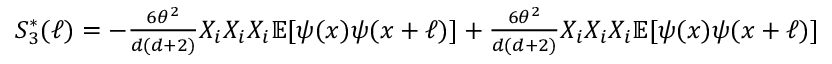
\begin{array} { r } { S _ { 3 } ^ { * } ( \ell ) = - \frac { 6 \theta ^ { 2 } } { d ( d + 2 ) } X _ { i } X _ { i } X _ { i } \mathbb { E } [ \psi ( x ) \psi ( x + \ell ) ] + \frac { 6 \theta ^ { 2 } } { d ( d + 2 ) } X _ { i } X _ { i } X _ { i } \mathbb { E } [ \psi ( x ) \psi ( x + \ell ) ] } \end{array}